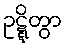
ဥဋ္ဋိတွာ